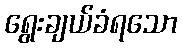
ရွေးချယ်ခံရသော